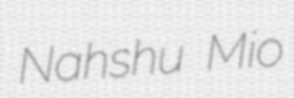
Nahshu Mio